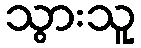
သွားသူ